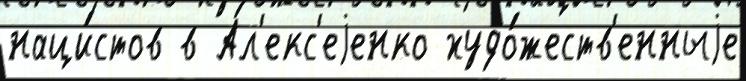
наци́стов в Ал'екс'еjенко худо́жеств'енныjе